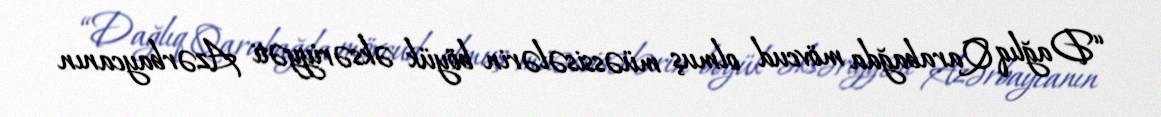
“Dağlıq Qarabağda mövcud olmuş müəssisələrin böyük əksəriyyəti Azərbaycanın